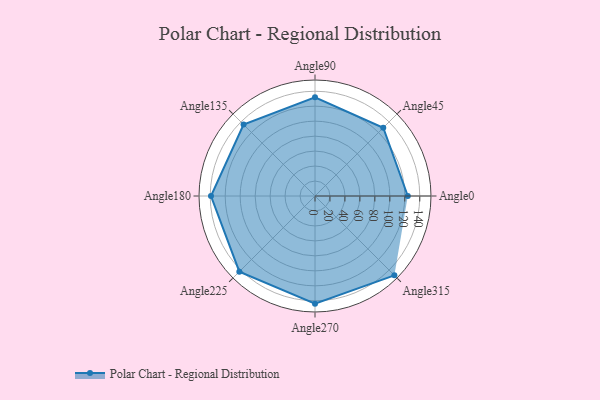
{"axis": {"x": "Angle", "y": "Radius"}, "legend": [""], "data": [{"x": "Angle0", "y": 124.0, "type": ""}, {"x": "Angle45", "y": 129.0, "type": ""}, {"x": "Angle90", "y": 132.0, "type": ""}, {"x": "Angle135", "y": 135.0, "type": ""}, {"x": "Angle180", "y": 139.0, "type": ""}, {"x": "Angle225", "y": 143.0, "type": ""}, {"x": "Angle270", "y": 144.0, "type": ""}, {"x": "Angle315", "y": 150.0, "type": ""}]}